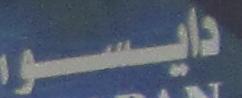
دايسو